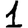
Digit: 1